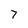
Character: 7